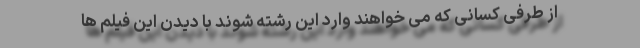
از طرفی کسانی که می خواهند وارد این رشته شوند با دیدن این فیلم ها